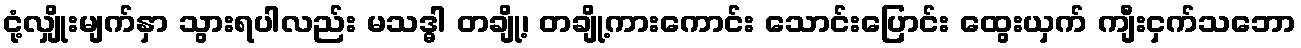
ငုံ့လျှိုးမျက်နှာ သွားရပါလည်း မသဒ္ဓါ တချို့၊ တချို့ကားကောင်း သောင်းပြောင်း ထွေးယှက် ကျီးငှက်သဘော